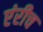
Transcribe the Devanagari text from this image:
एंरीच